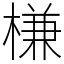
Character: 槏